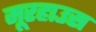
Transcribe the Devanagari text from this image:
मूरहाउस